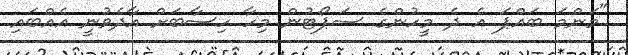
"މަންމަ ބައްޕަ އެ ދެ މީހުންގެ ސަޕޯޓުން މިހާ ހިސާބަށް އާދެވުނީ އެއްބައި